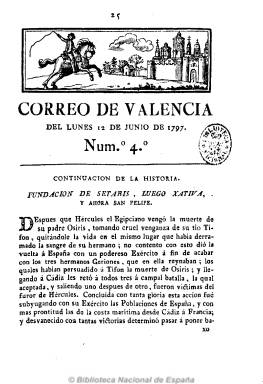
Título: Correo de Valencia (Valencia. 1797)
Colección: Periódicos anteriores a 1850
Ámbito geográfico: Valencia
Lugar de publicación: Valencia
Fechas: 12/06/1797-12/06/1797

Aun cuando el decreto del 24 de febrero de 1791 de Carlos IV prohíbe todos los periódicos –excepto los oficiales, como la Gazeta de Madrid (1661)-, en la última década del siglo XVIII van a emerger una serie de publicaciones periódicas, especialmente en aquéllas ciudades que habían alcanzado un alto grado de desarrollo comercial –en el decir del hispanista Lucienne Domergue-, como este Correo de Valencia, cuyo primer número aparece el dos de junio de 1797, de carácter “erudito, instructivo, útil y sabio”, como señala Ricard Blasco (1983), pero “con los mismos defectos que criticaron tiempo antes” sus artífices al Diario de Valencia (1790), en un momento en el que este salía con cuatro páginas y su competidor lo hará en entregas de ocho (a veces de seis), los lunes y viernes de cada semana (Tramoyeres i Blasco: 1881 y 1890).

Todos estos diarios, correos o semanarios de esta época tendrán un ejemplo a seguir en la capital de la monarquía: Diario de Madrid (1788), de Francisco Mariano Nipho, pues a pesar de que Floridablanca había prohibido en 1789, 1790 y 1793 la introducción de publicaciones francesas para atajar el peligro de contagio de la Revolución, el decreto 1791 dejaba el resquicio del “privilegio” real para publicar periódicos, pero “sin que puedan poner versos, ni otras especies políticas de cualquier clase” (Gómez Aparicio: 1967).

La solicitud para publicar Correo de Valencia es de fecha 29 de abril de 1797, firmada por su redactor y propietario, Alejandro de León y Luna (Aguilar Piñal: 1978), y su número 4, del lunes, 12 de junio de ese año, es el único de la colección de la Biblioteca Nacional de España, siendo la más completa la de la Universidad de Valencia. Esta está formada por los tomos III (julio-diciembre de 1798 y páginas 419-840) y IV y V (enero-junio -páginas 3-402- y julio-diciembre de 1799 –páginas 403-760-, respectivamente), pues su foliación es continuada y se reinicia cada año, e integran los números 114 a 262. Cada uno (excepto el V) incluye al final “un índice de los asuntos que trata cada tomo”. Esta colección fue microfilmada y puede ser consultada también en la BNE. Además de estos números, se conocen del 5 a 19, que van del 16 de junio al cuatro de agosto de 1797. Fue impreso “con licencia” por Miguel Estevan Cervera, que tenía su establecimiento junto al Hospital de pobres Estudiantes, y que en 1798 lo trasladará a la “Baxada de S. Francisco, frente a la calle del Mesón del Caballo”.

Sobre su cabecera estampa el grabado de una viñeta en la que aparece un heraldo en su cabalgadura a las puertas de la ciudad amurallada de Valencia. Siguiendo el canon del periodismo de la época, Correo de Valencia es compuesto a una columna –en 4º-, con textos en prosa y verso, donde resaltan sus importantes artículos y estudios de historia local y del Reino de Valencia, así como los de ciencias físicas y naturales, de mitología, literatura o educación, entre otras materias y asuntos, muchos de ellos por entregas, así como epigramas o anécdotas, correspondencia, y noticias locales, de España y del extranjero.

En cuanto al periodo en publicación de este título, la Gazeta de Madrid, de 13 de agosto de 1805 (página 698), da la noticia de que fue continuado en 1804 bajo la cabecera Postillón, por Nicolás Pérez Jiménez, conocido como el Setabiense -nació en Xátiva-, y destacado editor de otros títulos durante la década siguiente en la ciudad de Sevilla, en donde fue propietario de una imprenta. Algunos autores indican por error que Correo de Valencia fue diario, como Laguna Platero (2001) y Sempere Vilaplana (2002). Otra bibliografía de referencia para esta cabecera es la obra sobre la  historia de la imprenta en Valencia de José Enrique Serrano Morales (1898 y 2000). Con el mismo título Correo de Valencia también se edita otro periódico en Valencia entre 1810 y 1811, que asimismo puede ser consultado en la BNE.